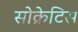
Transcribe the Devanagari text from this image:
सोक्रेटिस